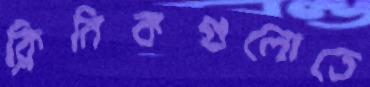
ক্লিনিকগুলোতে